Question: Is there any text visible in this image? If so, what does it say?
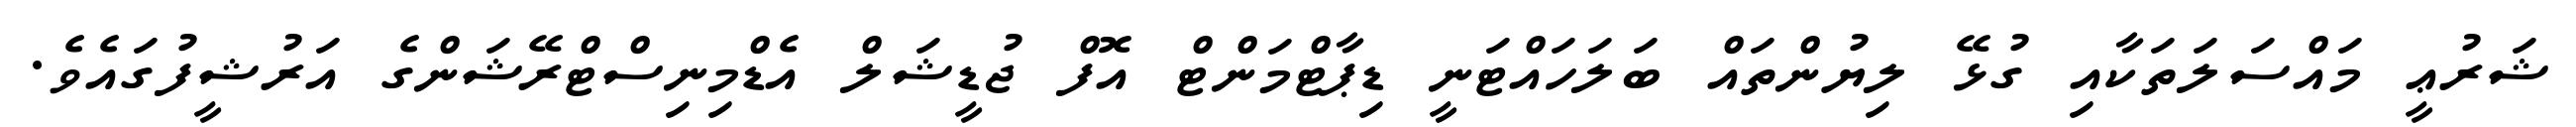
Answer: ޝަރުޢީ މައްސަލަތަކާއި ގުޅޭ ލިޔުންތައް ބަލަހައްޓަނީ ޑިޕާޓްމަންޓް އޮފް ޖުޑީޝަލް އެޑްމިނިސްޓްރޭޝަންގެ އަރުޝީފުގައެވެ.